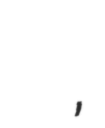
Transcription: Наталья Романовна Гусева,